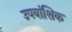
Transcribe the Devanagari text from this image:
उपवांशिक